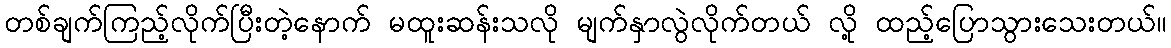
တစ်ချက်ကြည့်လိုက်ပြီးတဲ့နောက် မထူးဆန်းသလို မျက်နှာလွဲလိုက်တယ် လို့ ထည့်ပြောသွားသေးတယ်။